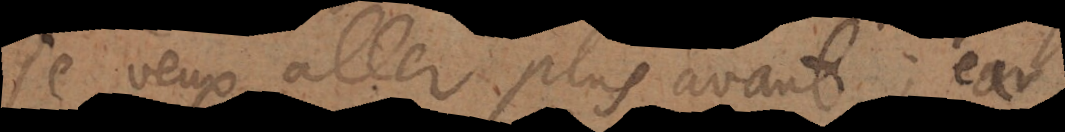
je veux aller plus avant; car